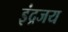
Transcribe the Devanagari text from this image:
इंद्रजय